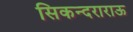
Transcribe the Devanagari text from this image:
सिकन्दराराऊ